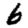
Digit: 6